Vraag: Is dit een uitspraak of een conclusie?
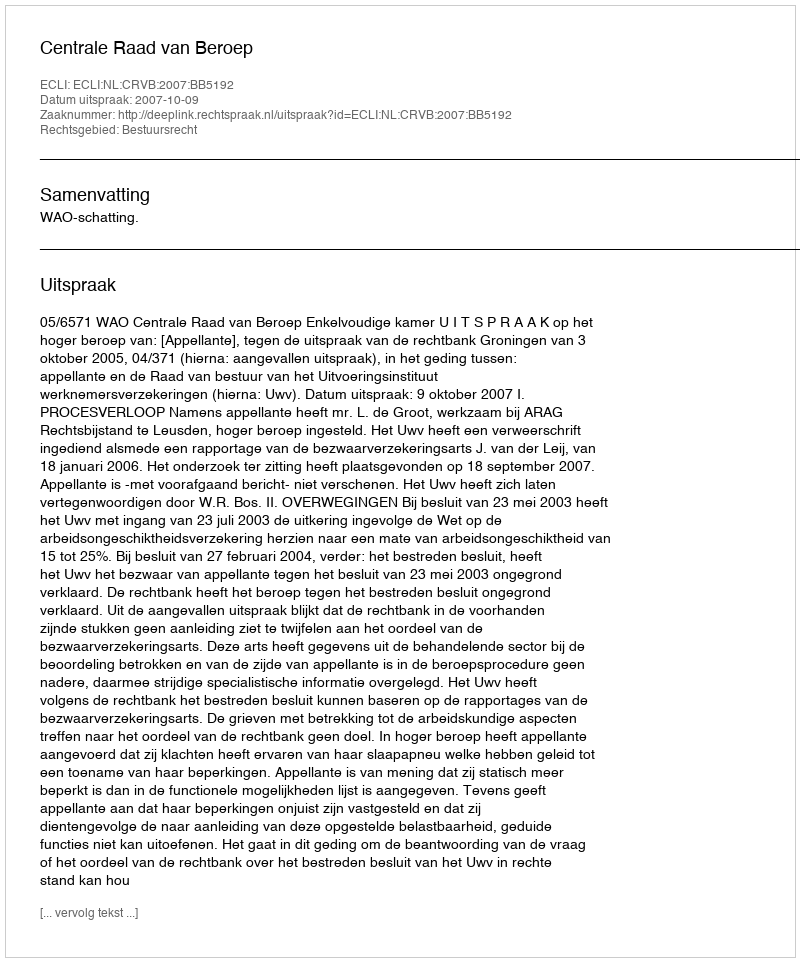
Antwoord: Uitspraak